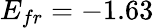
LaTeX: E_{fr}=-1.63